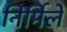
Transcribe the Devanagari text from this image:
निर्मिलें